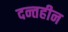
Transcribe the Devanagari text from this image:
दन्तहीन